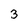
Character: 3